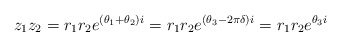
\begin{align*}z_1z_2 = r_1r_2e^{(\theta_1+\theta_2)i} = r_1r_2e^{(\theta_3 - 2\pi \delta )i } = r_1r_2e^{\theta_3i }\end{align*}